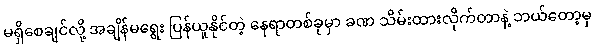
မရှိစေချင်လို့ အချိန်မရွေး ပြန်ယူနိုင်တဲ့ နေရာတစ်ခုမှာ ခဏ သိမ်းထားလိုက်တာနဲ့ ဘယ်တော့မှ